Laidoner,_Johan, lk 136
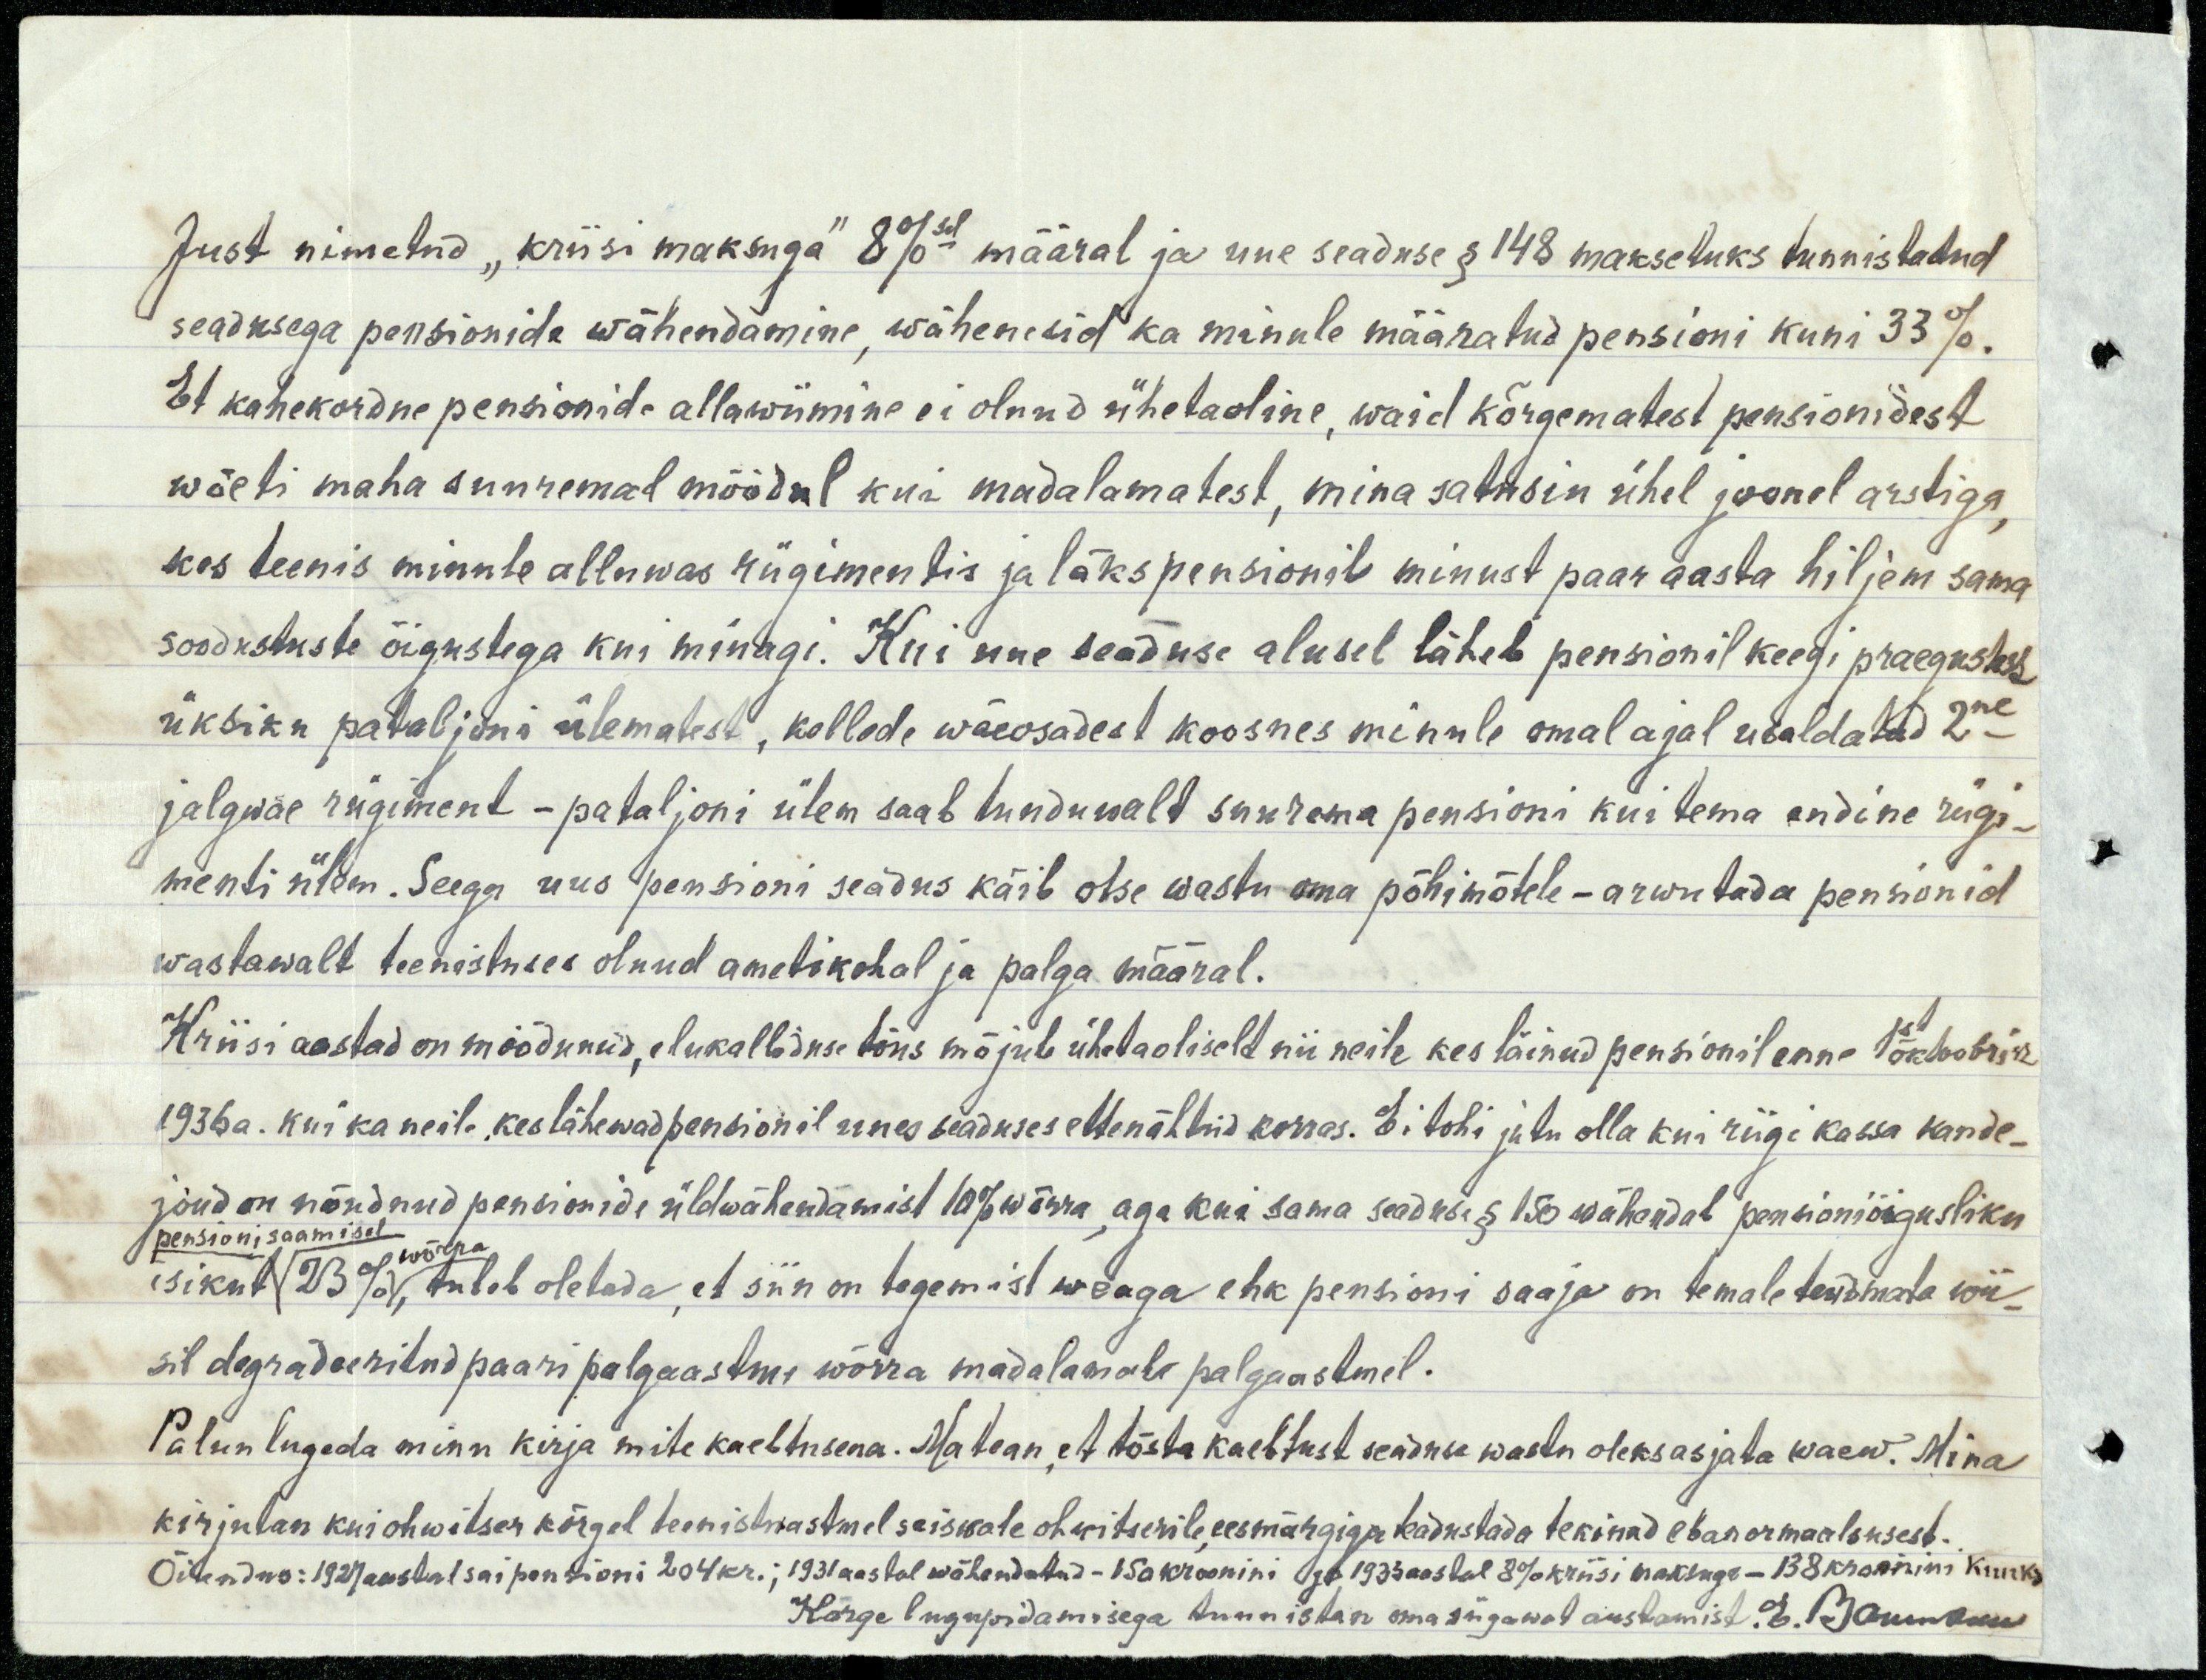
Just nimetud "kriisi maksuga" 8%sel määral ja uue seaduse § 148 maksetuks tunnistatud
seadusega pensionide wähendamine, wähenesid ka minule määratud pensioni kuni 33%.
Et kahekordne pensionide allawiimine ei olnud ühetaoline, waid kõrgematest pensionidest
wõeti maha suuremal määral kui madalamatest, mina satusin ühel joonel arstiga
kes teenis minule alluwas rügimentis ja läks pensionile minust paar aasta hiljem sama
soodustuste õigustega kui minagi. Kui uue seaduse alusel läheb pensionil keegi praegustes,
üksiku pataljoni ülematest, kellede wäeosadest koosnes minule omal ajal usaldatud 2ne
jalgwäe rügiment - pataljoni ülem saab tunduwald suurema pensioni kui tema endine rügi-
menti ülem. Seega uus pensioni seadus käib otse wastu oma põhimõtele-arwutada pensionid
wastawalt teenistuses olnud ametikohal ja palga määral.
Kriisi aastad on möödunud, elukalliduse tõus mõjub ühetaoliseld nii neile kes läinud pensionil enne 1st oktoobri
1936. a. kui ka neile, kes lähewad pensionil uues seaduses ettenähtud korras. Ei tohi jutu olla kui riigi kassa kande-
jõud on nõudnud pensionide üldwähendamist 10% wõrra, aga kui sama seaduse § 150 wähendab pensioni õigusliku
pensoni saamisel
isikul 23% tuleb oletada, et siin on tegemist weaga ehk pensioni saaja on temale teadmata wii-
sil degradeeritud paari palgaastme wõrra madalamale palgaastmel.
Palun lugeda minu kirja mitte kaebtusena. Ma tean, et tõsta kaebtust seaduse wastu oleks asjata waew. Mina
kirjutan kui ohwitser kõrgel teenistesastmel seiswale ohwitserile, eesmärgiga teadustada tekiwad ebanormaalsusest.
Õiendus: 1927 aastal sai pensioni 204 kr.; 1931 astal wähendatud - 150 kroonini ja 1933 aastal 8% kriisi maksuga - 138 kroonini kuuks
Kõrge lugupidamisega tunnistan oma sügawat austamist E. Baumann